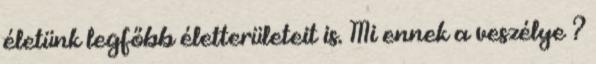
életünk legfőbb életterületeit is. Mi ennek a veszélye ?